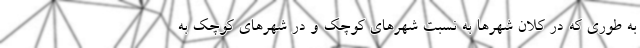
به طوری که در کلان‌ شهرها به نسبت شهرهای کوچک و در شهرهای کوچک به